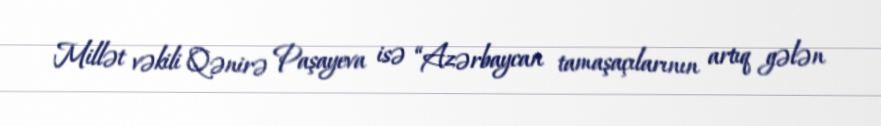
Millət vəkili Qənirə Paşayeva isə “Azərbaycan tamaşaçılarının artıq gələn